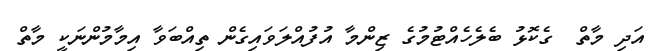
އަދި މާތް  ގެކޮޅު ބެލެހެއްޓުމުގެ ޒިންމާ އުފުއްލަވައިގެން ތިއްބަވާ އިމާމުންނަކީ މާތް